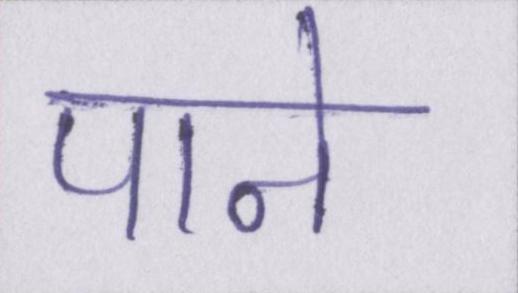
पाने